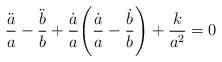
LaTeX: \begin{align*}\frac{\ddot{a}}{a}-\frac{\ddot{b}}{b}+\frac{\dot{a}}{a}\Bigg(\frac{\dot{a}}{a}-\frac{\dot{b}}{b}\Bigg)+\frac{k}{a^2}=0\end{align*}